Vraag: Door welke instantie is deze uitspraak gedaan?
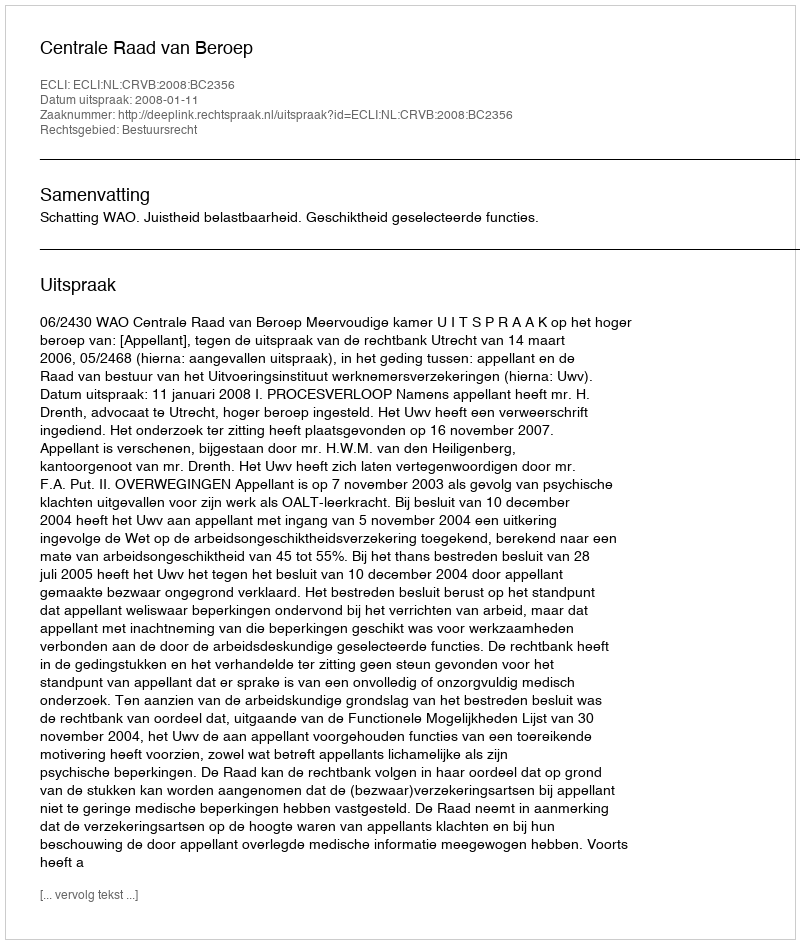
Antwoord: Centrale Raad van Beroep